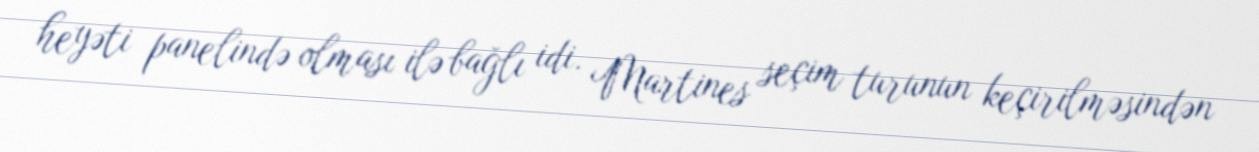
heyəti panelində olması ilə bağlı idi. Martines seçim turunun keçirilməsindən